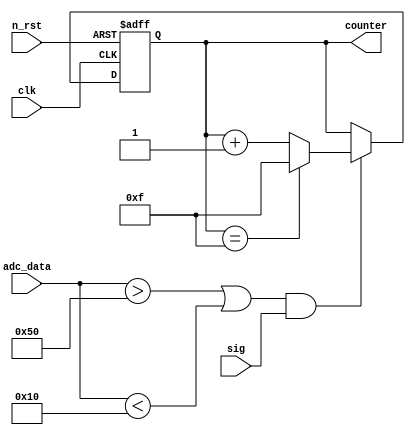
module counter( //     
    clk,
    n_rst,
    sig,
    adc_data,
    counter
);

input clk;
input n_rst;
input sig;
input [7:0] adc_data;

output reg [3:0] counter;

always @(posedge clk or negedge n_rst) begin
    if(!n_rst) begin
        counter <= 4'h0;
    end
    else if(((adc_data > 8'h50)||(adc_data<8'h10))&&(sig == 1'b1)) begin
        counter <= (counter == 4'hf) ? 4'hf : counter + 4'h1;
    end
    else begin
        counter <= counter;
    end
end

endmodule